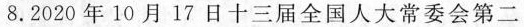
8.2020年10月17日十三届全国人大常委会第二